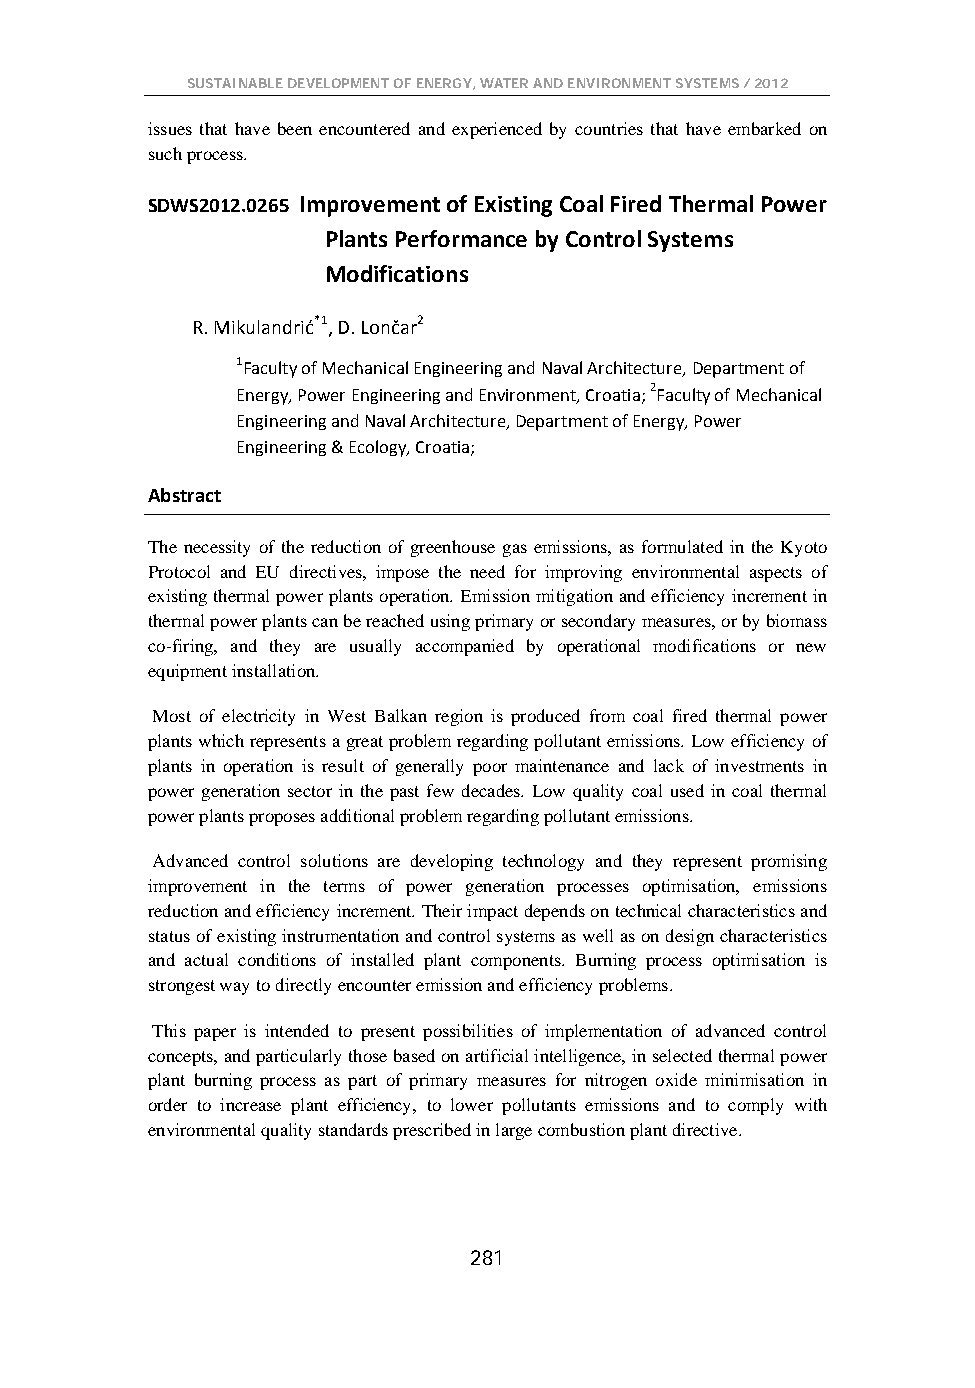
SUSTAINABLE DEVELOPMENT OF ENERGY, WATER AND ENVIRONMENT SYSTEMS / 2012
 issues that have been encountered and experienced by countries that have embarked on
 such process.
 SDWS2012.0265 Improvement of Existing Coal Fired Thermal Power
 Plants Performance by Control Systems
 Modifications
 R. Mikulandrić*1, D. Lončar2
 1Faculty of Mechanical Engineering and Naval Architecture, Department of
 Energy, Power Engineering and Environment, Croatia; 2Faculty of Mechanical
 Engineering and Naval Architecture, Department of Energy, Power
 Engineering & Ecology, Croatia;
 Abstract
 The necessity of the reduction of greenhouse gas emissions, as formulated in the Kyoto
 Protocol and EU directives, impose the need for improving environmental aspects of
 existing thermal power plants operation. Emission mitigation and efficiency increment in
 thermal power plants can be reached using primary or secondary measures, or by biomass
 co-firing, and they are usually accompanied by operational modifications or new
 equipment installation.
 Most of electricity in West Balkan region is produced from coal fired thermal power
 plants which represents a great problem regarding pollutant emissions. Low efficiency of
 plants in operation is result of generally poor maintenance and lack of investments in
 power generation sector in the past few decades. Low quality coal used in coal thermal
 power plants proposes additional problem regarding pollutant emissions.
 Advanced control solutions are developing technology and they represent promising
 improvement in the terms of power generation processes optimisation, emissions
 reduction and efficiency increment. Their impact depends on technical characteristics and
 status of existing instrumentation and control systems as well as on design characteristics
 and actual conditions of installed plant components. Burning process optimisation is
 strongest way to directly encounter emission and efficiency problems.
 This paper is intended to present possibilities of implementation of advanced control
 concepts, and particularly those based on artificial intelligence, in selected thermal power
 plant burning process as part of primary measures for nitrogen oxide minimisation in
 order to increase plant efficiency, to lower pollutants emissions and to comply with
 environmental quality standards prescribed in large combustion plant directive.
 281